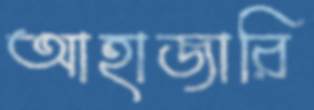
আহাজারি